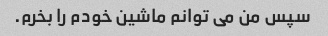
سپس من می توانم ماشین خودم را بخرم.